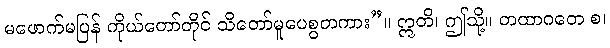
မဖောက်မပြန် ကိုယ်တော်တိုင် သိတော်မူပေစွတကား”။ ဣတိ၊ ဤသို့။ တထာဂတေ စ၊